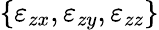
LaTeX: \{ \varepsilon_{zx},\varepsilon_{zy},\varepsilon_{zz}\}